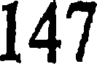
147